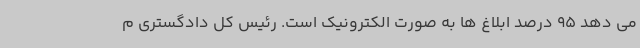
می دهد 95 درصد ابلاغ ها به صورت الکترونیک است. رئیس کل دادگستری م